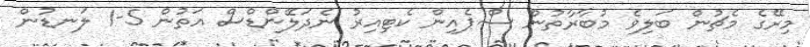
މިރޭގެ މެޗުން ބަލިވެ މުބާރާތުން ސްޕެއިން ކެޓިއިރު ނެދަލޭންޑްސް އަތުން 5-1 ލަނޑުން